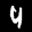
Label: 4